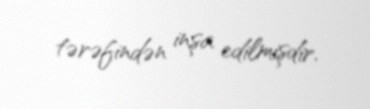
tərəfindən inşa edilmişdir.